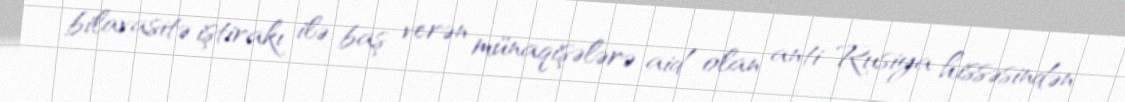
bilavasitə iştirakı ilə baş verən münaqişələrə aid olan anti-Rusiya hissəsindən